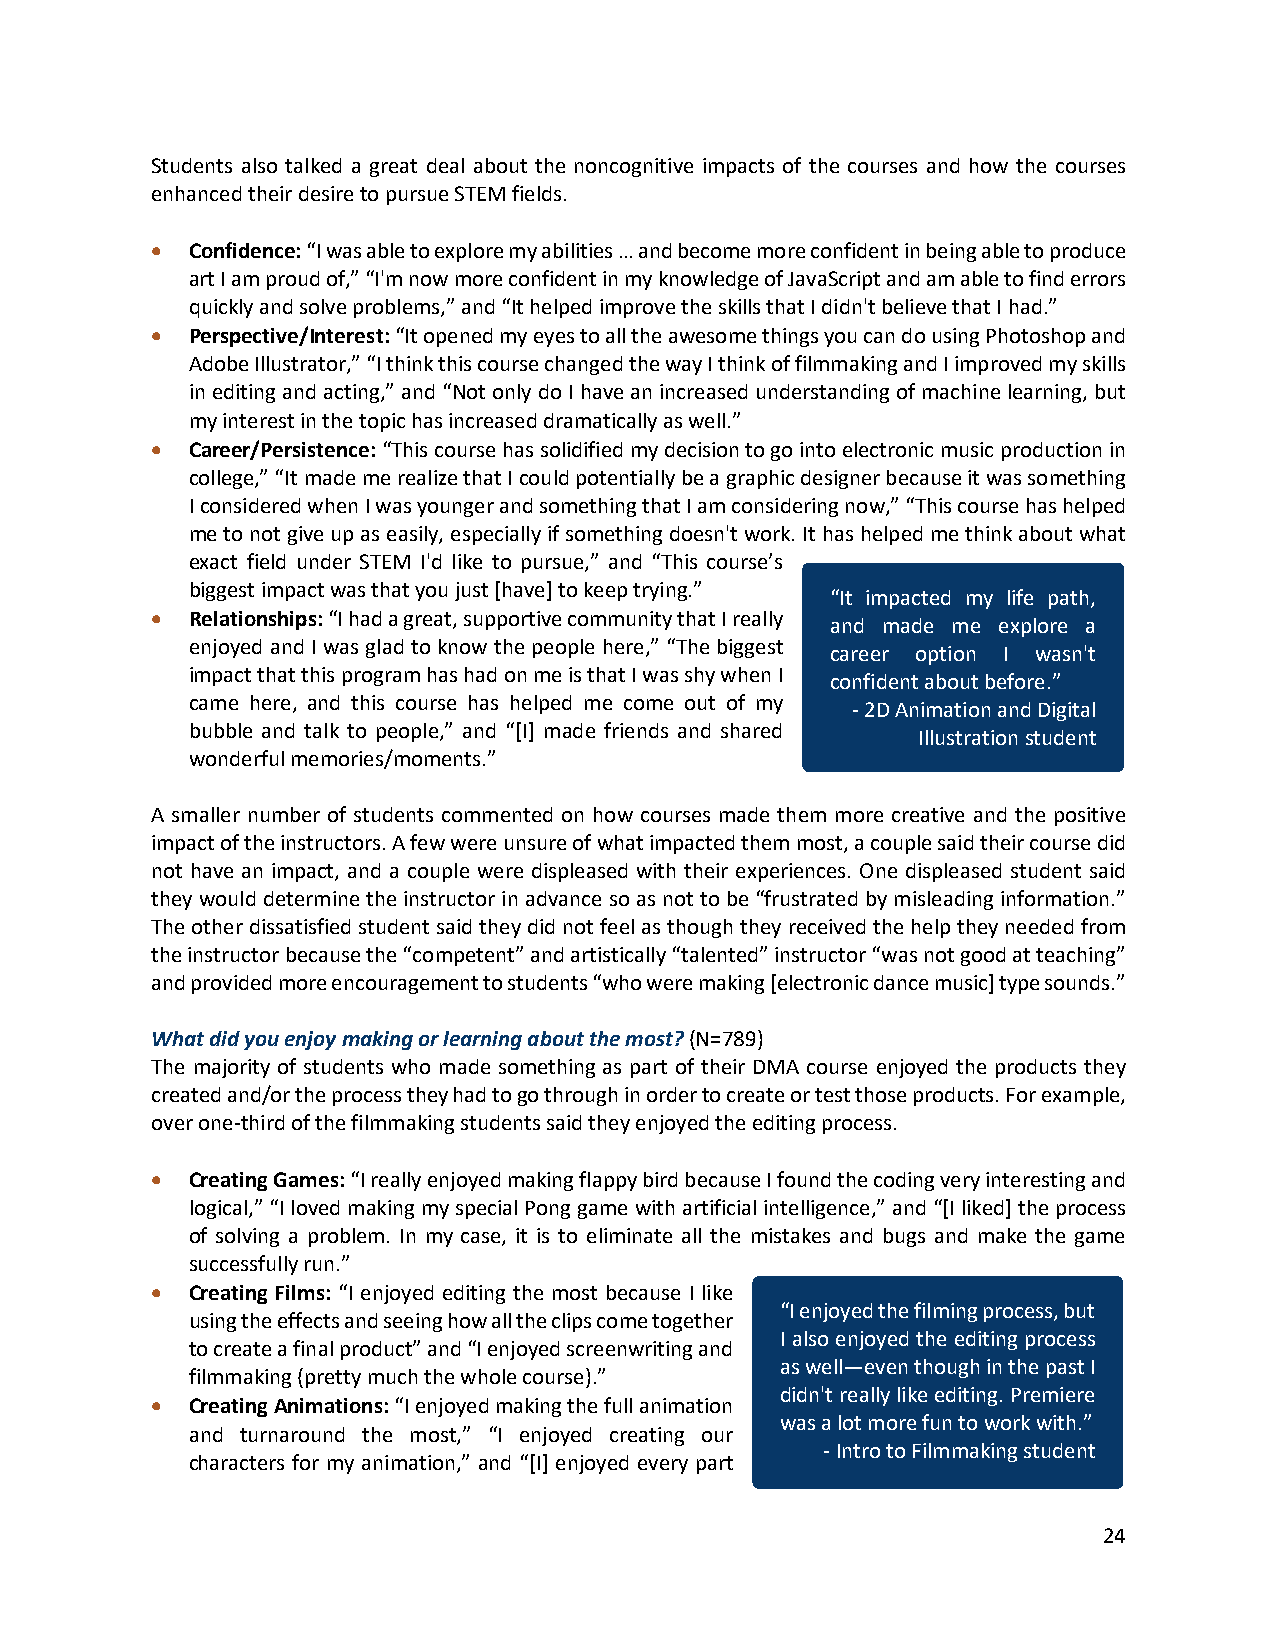
Students also talked a great deal about the noncognitive impacts of the courses and how the courses
 enhanced their desire to pursue STEM fields.
 • Confidence: “I was able to explore my abilities … and become more confident in being able to produce
 art I am proud of,” “I'm now more confident in my knowledge of JavaScript and am able to find errors
 quickly and solve problems,” and “It helped improve the skills that I didn't believe that I had.”
 • Perspective/Interest: “It opened my eyes to all the awesome things you can do using Photoshop and
 Adobe Illustrator,” “I think this course changed the way I think of filmmaking and I improved my skills
 in editing and acting,” and “Not only do I have an increased understanding of machine learning, but
 my interest in the topic has increased dramatically as well.”
 • Career/Persistence: “This course has solidified my decision to go into electronic music production in
 college,” “It made me realize that I could potentially be a graphic designer because it was something
 I considered when I was younger and something that I am considering now,” “This course has helped
 me to not give up as easily, especially if something doesn't work. It has helped me think about what
 exact field under STEM I'd like to pursue,” and “This course’s
 biggest impact was that you just [have] to keep trying.”
 “It impacted my life path,
 • Relationships: “I had a great, supportive community that I really
 and made me explore a
 enjoyed and I was glad to know the people here,” “The biggest
 career option I wasn't
 impact that this program has had on me is that I was shy when I
 confident about before.”
 came here, and this course has helped me come out of my
 - 2D Animation and Digital
 bubble and talk to people,” and “[I] made friends and shared
 Illustration student
 wonderful memories/moments.”
 A smaller number of students commented on how courses made them more creative and the positive
 impact of the instructors. A few were unsure of what impacted them most, a couple said their course did
 not have an impact, and a couple were displeased with their experiences. One displeased student said
 they would determine the instructor in advance so as not to be “frustrated by misleading information.”
 The other dissatisfied student said they did not feel as though they received the help they needed from
 the instructor because the “competent” and artistically “talented” instructor “was not good at teaching”
 and provided more encouragement to students “who were making [electronic dance music] type sounds.”
 What did you enjoy making or learning about the most? (N=789)
 The majority of students who made something as part of their DMA course enjoyed the products they
 created and/or the process they had to go through in order to create or test those products. For example,
 over one-third of the filmmaking students said they enjoyed the editing process.
 • Creating Games: “I really enjoyed making flappy bird because I found the coding very interesting and
 logical,” “I loved making my special Pong game with artificial intelligence,” and “[I liked] the process
 of solving a problem. In my case, it is to eliminate all the mistakes and bugs and make the game
 successfully run.”
 • Creating Films: “I enjoyed editing the most because I like
 “I enjoyed the filming process, but
 using the effects and seeing how all the clips come together
 I also enjoyed the editing process
 to create a final product” and “I enjoyed screenwriting and
 as well—even though in the past I
 filmmaking (pretty much the whole course).”
 didn't really like editing. Premiere
 • Creating Animations: “I enjoyed making the full animation
 was a lot more fun to work with.”
 and turnaround the most,” “I enjoyed creating our
 - Intro to Filmmaking student
 characters for my animation,” and “[I] enjoyed every part
 24